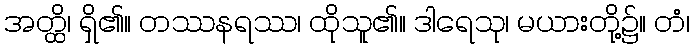
အတ္ထိ၊ ရှိ၏။ တဿနရဿ၊ ထိုသူ၏။ ဒါရေသု၊ မယားတို့၌။ တံ၊